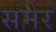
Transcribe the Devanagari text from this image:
समेर